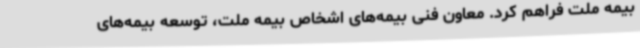
بیمه ملت فراهم کرد. معاون فنی بیمه‌های اشخاص بیمه ملت، توسعه بیمه‌های